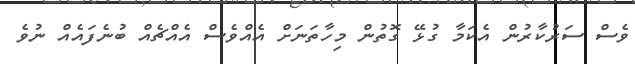
ވެސް ސަރުކާރުން އެކަމާ ގުޅޭ ގޮތުން މިހާތަނަށް އެއްވެސް އެއްޗެއް ބުނެފައެއް ނުވެ